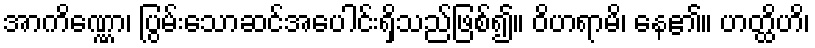
အာကိဏ္ဏော၊ ပြွမ်းသောဆင်အပေါင်းရှိသည်ဖြစ်၍။ ဝိဟရာမိ၊ နေ၏။ ဟတ္ထိဟိ၊